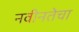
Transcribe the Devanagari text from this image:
नवीनतेचा